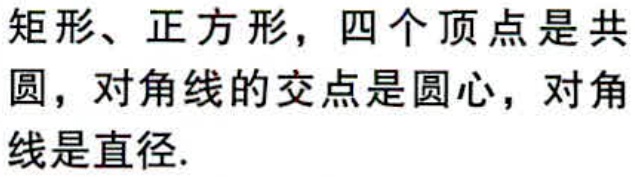
矩形、正方形，四个顶点是共圆，对角线的交点是圆心，对角线是直径.